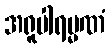
အရူပါရမ္မဏံ